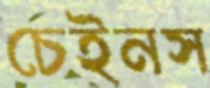
চেইনস